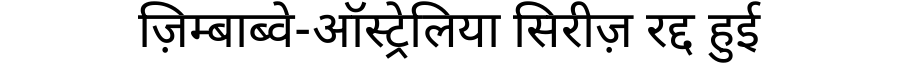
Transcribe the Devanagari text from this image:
ज़िम्बाब्वे-ऑस्ट्रेलिया सिरीज़ रद्द हुई